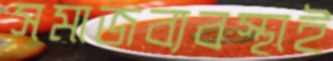
সমাজব্যবস্থাই